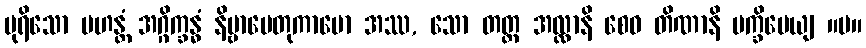
ပုရိသော မဟန္တံ အဂ္ဂိက္ခန္ဓံ နိဗ္ဗာပေတုကာမော အဿ, သော တတ္ထ အလ္လာနိ စေဝ တိဏာနိ ပက္ခိပေယျ ။ပ။